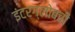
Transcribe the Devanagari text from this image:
इंटरग्लोबची